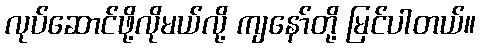
လုပ်ဆောင်ဖို့လိုမယ်လို့ ကျနော်တို့ မြင်ပါတယ်။